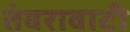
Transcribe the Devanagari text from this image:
तंवरावाटी